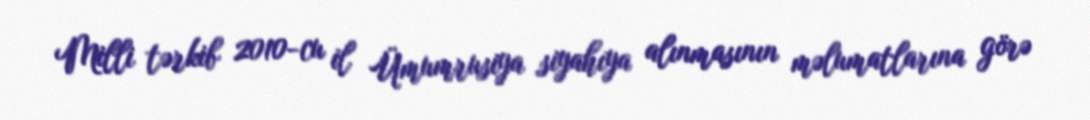
Milli tərkib 2010-cu il Ümumrusiya siyahıya alınmasının məlumatlarına görə